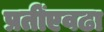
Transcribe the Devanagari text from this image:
प्रतींएवढा